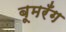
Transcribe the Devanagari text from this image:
बूमरँग